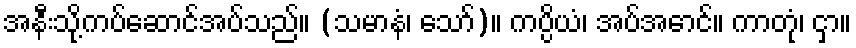
အနီးသို့ကပ်ဆောင်အပ်သည်။ (သမာနံ၊ သော်)။ ကပ္ပိယံ၊ အပ်အောင်။ ကာတုံ၊ ငှာ။